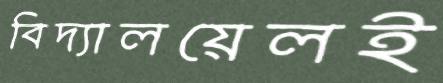
বিদ্যালয়েলই